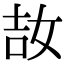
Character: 𡜩